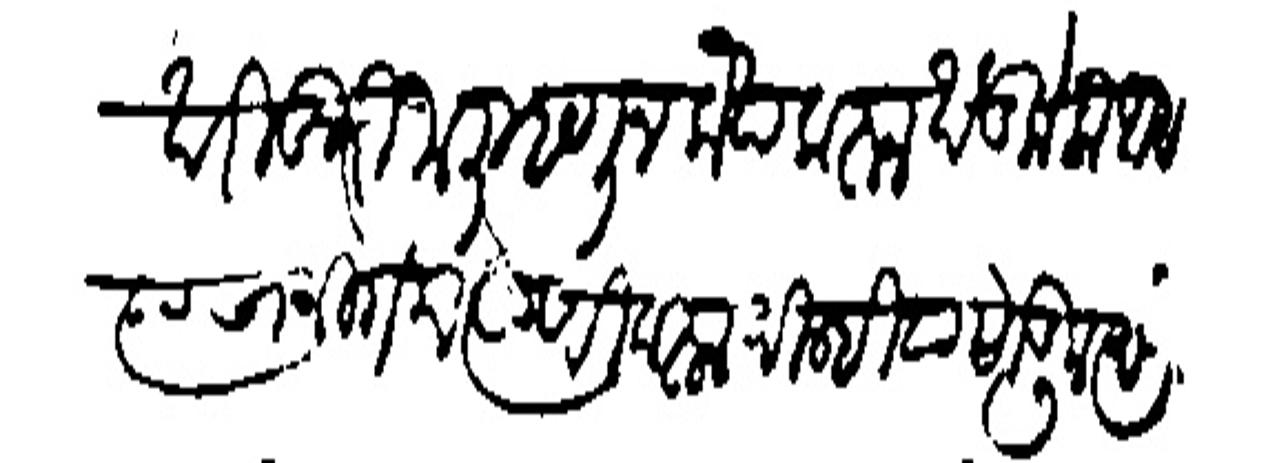
Transliteration (Devanagari): खरीखुरी जाली म्हणून कंद करन खंड केला आहे स्याचा निगम स्याणी करन दिल्हिया सोडून बेऊ